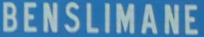
BENSILIMANE